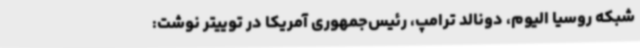
شبکه روسیا الیوم، دونالد ترامپ، رئیس‌جمهوری آمریکا در توییتر نوشت: